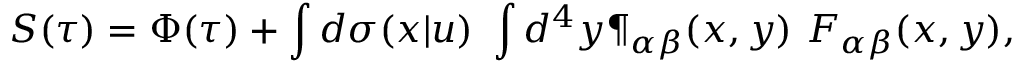
S ( \tau ) = \Phi ( \tau ) + \int d \sigma ( x | u ) \ \int d ^ { 4 } y \P _ { \alpha \beta } ( x , y ) \ F _ { \alpha \beta } ( x , y ) ,